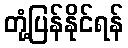
တုံ့ပြန်နိုင်ရန်